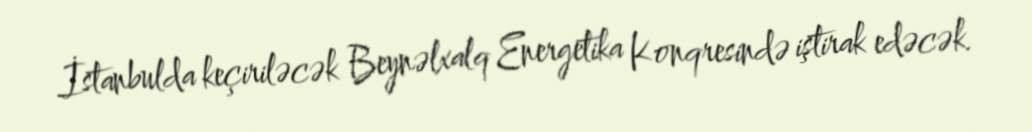
İstanbulda keçiriləcək Beynəlxalq Energetika Konqresində iştirak edəcək.